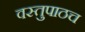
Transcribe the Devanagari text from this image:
वस्तुपाठच